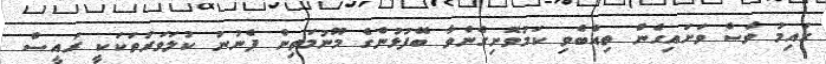
ގައިމު ވެސް ވަށައިގެން ތިއްބެވި ކަމުވޮށިގެންވާ ބޭފުޅުންގެ މޫނުމަތިން ފެނުނު ކުލަވަރުތަކަކީ ރައީސް